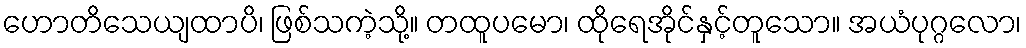
ဟောတိသေယျထာပိ၊ ဖြစ်သကဲ့သို့။ တထူပမော၊ ထိုရေအိုင်နှင့်တူသော။ အယံပုဂ္ဂလော၊